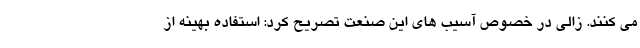
می کنند. زالی در خصوص آسیب های این صنعت تصریح کرد: استفاده بهینه از